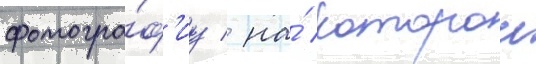
фотогра́ф'иу / на́ которои